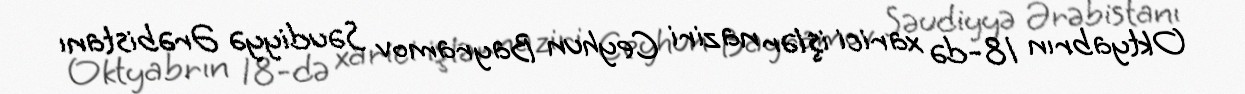
Oktyabrın 18-də xarici işlər naziri Ceyhun Bayramov Səudiyyə Ərəbistanı